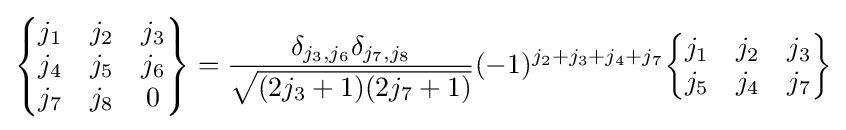
{\begin{Bmatrix}j_{1}&j_{2}&j_{3}\\j_{4}&j_{5}&j_{6}\\j_{7}&j_{8}&0\end{Bmatrix}}={\frac {\delta _{j_{3},j_{6}}\delta _{j_{7},j_{8}}}{\sqrt {(2j_{3}+1)(2j_{7}+1)}}}(-1)^{j_{2}+j_{3}+j_{4}+j_{7}}{\begin{Bmatrix}j_{1}&j_{2}&j_{3}\\j_{5}&j_{4}&j_{7}\end{Bmatrix}}